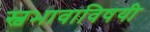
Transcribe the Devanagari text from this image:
स्वभावाविषयी